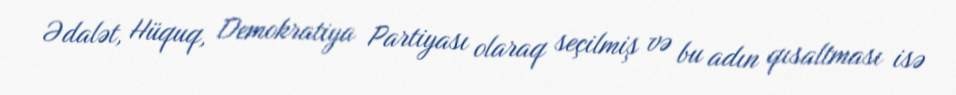
Ədalət, Hüquq, Demokratiya Partiyası olaraq seçilmiş və bu adın qısaltması isə